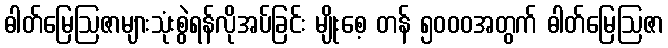
ဓါတ်မြေဩဇာများသုံးစွဲရန်လိုအပ်ခြင်း မျိုးစေ့ တန် ၅၀၀၀အတွက် ဓါတ်မြေဩဇာ